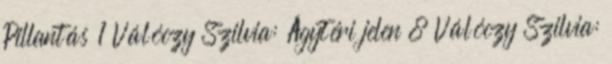
Pillantás 1 Válóczy Szilvia: Ágytéri jelen 8 Válóczy Szilvia: